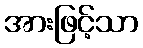
အားဖြင့်သာ